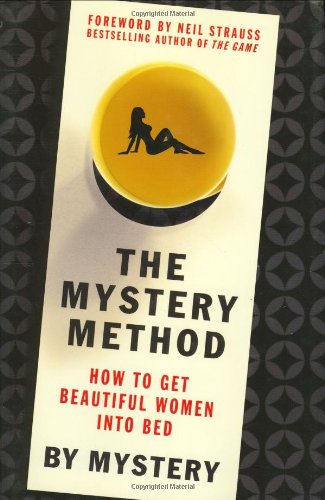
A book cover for The Mystery Method: How to Get Beautiful Women Into Bed; Mystery; Self-Help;